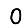
Digit: 0